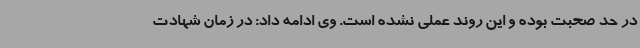
در حد صحبت بوده و این روند عملی نشده است. وی ادامه داد: در زمان شهادت